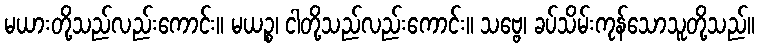
မယားတို့သည်လည်းကောင်း။ မယဉ္စ၊ ငါတို့သည်လည်းကောင်း။ သဗ္ဗေ၊ ခပ်သိမ်းကုန်သောသူတို့သည်။